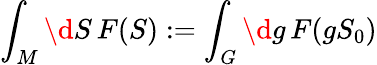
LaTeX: \int_{M}\d S\, F(S):=\int_{G}\d g\, F(gS_{0})